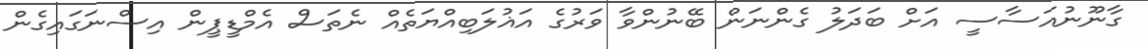
ގާނޫނުއަސާސީ އަށް ބަދަލު ގެންނަން ބޭނުންވާ ވަރުގެ އަޣުލަބިއްޔަތެއް ނެތަސް އެމްޑީޕީން އިސްނަގައިގެން